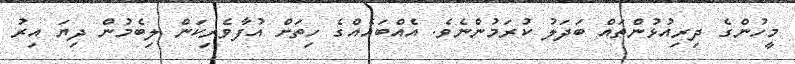
މީހުންގެ ދިރިއުޅުންތައް ބަދަލު ކުރަމުންނެވެ. އެއްބައެއްގެ ހިތަށް އުފާވެރިކަން ލިބެމުން ދިޔަ އިރު